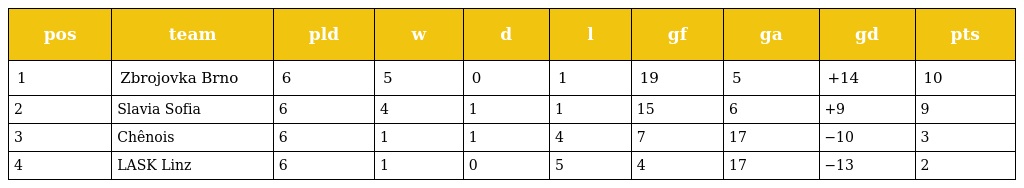
| pos | team | pld | w | d | l | gf | ga | gd | pts |
 | --- | --- | --- | --- | --- | --- | --- | --- | --- | --- |
 | 1 | Zbrojovka Brno | 6 | 5 | 0 | 1 | 19 | 5 | +14 | 10 |
 | 2 | Slavia Sofia | 6 | 4 | 1 | 1 | 15 | 6 | +9 | 9 |
 | 3 | Chênois | 6 | 1 | 1 | 4 | 7 | 17 | −10 | 3 |
 | 4 | LASK Linz | 6 | 1 | 0 | 5 | 4 | 17 | −13 | 2 |